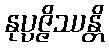
နုပ္ပဇ္ဇိဿန္တိ